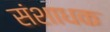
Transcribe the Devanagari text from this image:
संशाधक